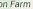
n Farm